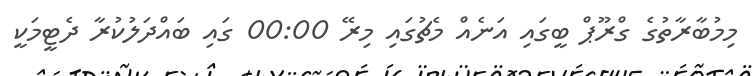
މިމުބާރާތުގެ ގްރޫޕް ބީގައި އަނެއް މެޗުގައި މިރޭ 00:00 ގައި ބައްދަލުކުރާ ދެޓީމަކީ